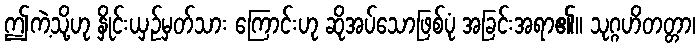
ဤကဲ့သို့ဟု နှိုင်းယှဉ်မှတ်သား ကြောင်းဟု ဆိုအပ်သောဖြစ်ပုံ အခြင်းအရာ၏။ သုဂ္ဂဟိတတ္တာ၊